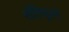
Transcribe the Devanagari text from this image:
शंतिपूरने